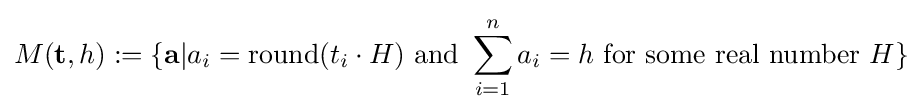
M(\mathbf {t} ,h):=\{\mathbf {a} |a_{i}=\operatorname {round} (t_{i}\cdot H){\text{ and }}\sum _{i=1}^{n}a_{i}=h{\text{ for some real number }}H\}